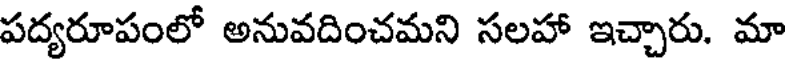
పద్యరూపంలో అనువదించమని సలహా ఇచ్చారు. మా